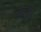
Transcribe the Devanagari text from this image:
नेक्टैन